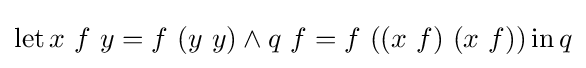
\operatorname {let} x\ f\ y=f\ (y\ y)\land q\ f=f\ ((x\ f)\ (x\ f))\operatorname {in} q